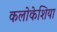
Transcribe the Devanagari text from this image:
कलोकेशिया